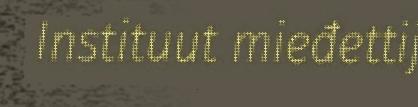
Instituut mieđettij